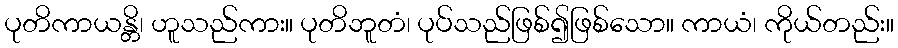
ပုတိကာယန္တိ၊ ဟူသည်ကား။ ပုတိဘူတံ၊ ပုပ်သည်ဖြစ်၍ဖြစ်သော။ ကာယံ၊ ကိုယ်တည်း။